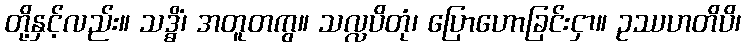
တို့နှင့်လည်း။ သဒ္ဓိံ၊ အတူတကွ။ သလ္လပိတုံ၊ ပြောဟောခြင်းငှာ။ ဥဿဟတိပိ၊